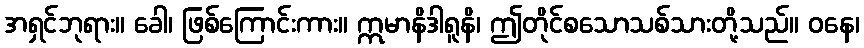
အရှင်ဘုရား။ ခေါ၊ ဖြစ်ကြောင်းကား။ ဣမာနိဒါရူနိ၊ ဤတိုင်စသောသစ်သားတို့သည်။ ဝနေ၊